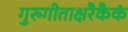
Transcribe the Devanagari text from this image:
गुरुगीताक्षरैकैकं